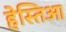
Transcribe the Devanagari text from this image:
हेस्तिआ